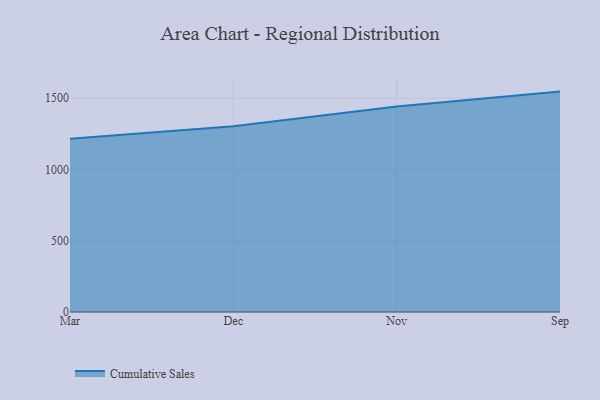
{"axis": {"x": "Month", "y": "Production Output"}, "legend": ["Cumulative Sales"], "data": [{"x": "Mar", "y": 1214.0, "type": "Cumulative Sales"}, {"x": "Dec", "y": 1302.9, "type": "Cumulative Sales"}, {"x": "Nov", "y": 1440.4, "type": "Cumulative Sales"}, {"x": "Sep", "y": 1545.1, "type": "Cumulative Sales"}]}